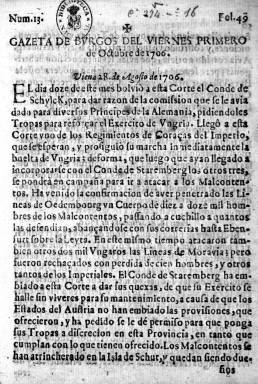
Título: Gazeta de Bvrgos
Otros títulos: Gaceta de Burgos
Colección: Gacetas
Ámbito geográfico: Burgos
Lugar de publicación: Burgos
Fechas: 01/10/1706-01/10/1706

De esta publicación la BNE sólo dispone de un número, el 13, correspondiente al 1 de octubre de 1706, en plena Guerra de Sucesión a la Corona de España entre el candidato francés, Felipe de Borbón, que será el vencedor como Felipe V, y el archiduque de Austria, el autoproclamado Carlos III de España.

  El siglo anterior había sido el siglo de las gacetas en Europa, poderosos medios de comunicación al servicio de la Monarquía cuya difusión se vio favorecida por la expansión del correo y la imprenta y por el interés creciente en todas las clases sociales en disponer de información de actualidad. Con el inicio del siglo XVIII se produce una explosión de estas publicaciones, en Europa y en España.

     En 1706, por ejemplo, se publicaban gazetas en Alcalá, Burgos, Granada, Murcia y Sevilla; y en 1711, también la Gazeta de Gazetas de Sevilla, según se puede leer en el artículo La Gazeta de Madrid y la Guerra de Sucesión, de Rosa Cal Martínez, de la Universidad Complutense, y publicado en la revista Cuadernos dieciochistas. Este artículo es accesible por Internet.

     Esta inflación de gazetas, en gran medida, tiene que ver con la evolución de la guerra y el lugar donde se encontraba la Corte de Felipe de Borbón, que era el primero en la sucesión de la Corona según el testamento del último rey de la Casa de Austria, Carlos II. Antes de la muerte de éste, el banquero Juan de Goyeneche se había hecho con el privilegio de impresión de la Gazeta de Madrid.

   Como en junio de 1706 Felipe de Borbón tuvo que abandonar la capital de España por el ataque de las tropas de su rival es probable que la Gazeta de Burgos no sea otra cosa que la misma Gazeta afín a este pretendiente, pero editada en Burgos. Indicio de ello es que en una noticia fechada en Burgos se cita la presencia de la reina. No se dice su nombre, pero se deduce que es María Gabriela de Saboya, esposa de Felipe.

  En Madrid siguió saliendo la Gazeta de Madrid, pero en posesión del archiduque Carlos y con noticias favorables a éste. Felipe V recuperó Madrid enseguida, en agosto de 1706, y entonces la Gazeta de Madrid comenzó a publicar noticias atrasadas que se habían publicado en la Gazeta de Burgos. En realidad, la que se venía publicando en la ciudad castellana era considerada la oficial, por lo que Goyeneche vio renovado su privilegio de impresión de la Gazeta de Madrid.
   La Gazeta de Burgos, como las demás, constaba de cuatro páginas en cuarto y tenía periodicidad semanal. En el número existente en la BNE se puede comprobar que las noticias militares y bélicas, sobre todo de los frentes europeos, ocupan prácticamente todo el contenido. También se menciona la presencia de Felipe de Borbón en Aranjuez.

[Descripción publicada el 17/08/2022]